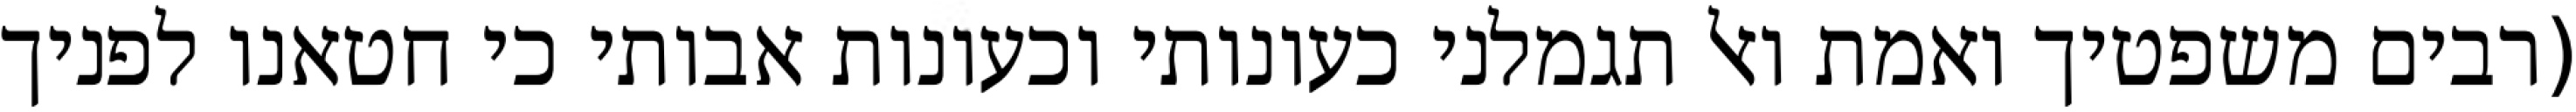
(רבים משפטיך ואמת ואל תגמלני כעונותי וכעונות אבותי כי חטאנו לפניך